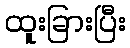
ထူးခြားပြီး